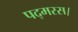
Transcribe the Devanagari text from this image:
पद्मरस।